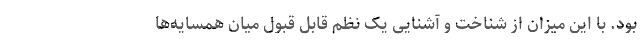
بود. با این میزان از شناخت و آشنایی یک نظم قابل قبول میان همسایه‌ها